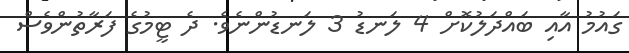
ގައުމު އާއި ބައްދަލުކޮށް 4 ލަނޑު 3 ލަނޑުންނެވެ. ދެ ޓީމުގެ ފަރާތުންވެސް